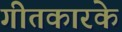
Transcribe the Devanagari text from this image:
गीतकारके